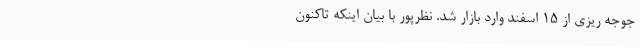
جوجه ریزی از 15 اسفند وارد بازار شد. نظرپور با بیان اینکه تاکنون